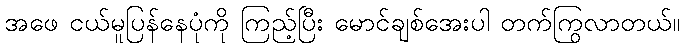
အဖေ ငယ်မူပြန်နေပုံကို ကြည့်ပြီး မောင်ချစ်အေးပါ တက်ကြွလာတယ်။